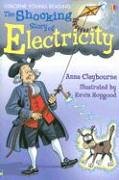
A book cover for The Shocking Story of Electricity: Internet Referenced (Young Reading); Anna Claybourne; Children's Books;